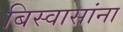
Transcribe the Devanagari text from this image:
बिस्वासांना